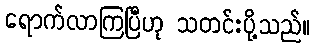
ရောက်လာကြပြီဟု သတင်းပို့သည်။